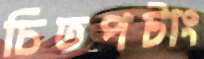
চিতপটাং